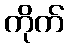
ကိုက်